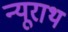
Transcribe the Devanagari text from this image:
न्यूराथ